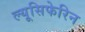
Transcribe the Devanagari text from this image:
ल्यूसिफेरिन